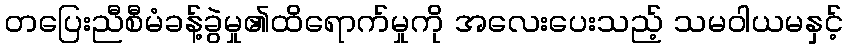
တပြေးညီစီမံခန့်ခွဲမှု၏ထိရောက်မှုကို အလေးပေးသည့် သမဝါယမနှင့်